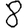
Digit: 8